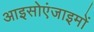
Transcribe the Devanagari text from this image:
आइसोएंजाइमों